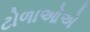
ટોળાઓએ